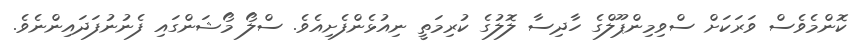
ކޮންމެވެސް ވަރަކަށް ސްވިމިންޕޫލްގެ ހާދިސާ ލޮލުގެ ކުރިމަތީ ނިއުޅެންފެށިއެވެ. ސްލޯ މޯޝަންގައި ފެނުނުފަދައިންނެވެ.